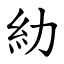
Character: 糼